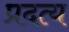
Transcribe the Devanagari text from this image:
प्रदत्य